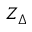
Z _ { \Delta }